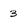
Character: 3